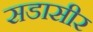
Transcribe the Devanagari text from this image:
सडासीर